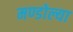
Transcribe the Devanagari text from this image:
मण्डोल्या